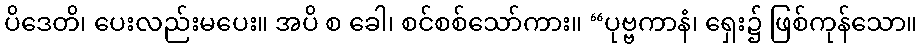
ပိဒေတိ၊ ပေးလည်းမပေး။ အပိ စ ခေါ၊ စင်စစ်သော်ကား။ “ပုဗ္ဗကာနံ၊ ရှေး၌ ဖြစ်ကုန်သော။